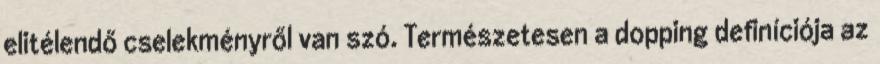
elitélendő cselekményről van szó. Természetesen a dopping definíciója az